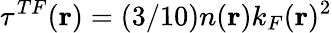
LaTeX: \tau^{TF}(\mathbf{r})=(3/10)n(\mathbf{r})k_{F}(\mathbf{r})^{2}